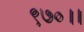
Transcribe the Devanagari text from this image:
९७०।।